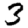
Digit: 3